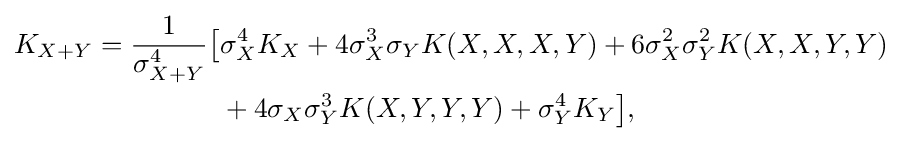
{\begin{aligned}K_{X+Y}={1 \over \sigma _{X+Y}^{4}}{\big [}&\sigma _{X}^{4}K_{X}+4\sigma _{X}^{3}\sigma _{Y}K(X,X,X,Y)+6\sigma _{X}^{2}\sigma _{Y}^{2}K(X,X,Y,Y)\\&{}+4\sigma _{X}\sigma _{Y}^{3}K(X,Y,Y,Y)+\sigma _{Y}^{4}K_{Y}{\big ]},\end{aligned}}